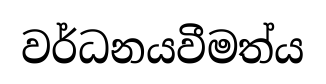
වර්ධනයවීමත්ය